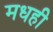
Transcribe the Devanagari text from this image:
मधही